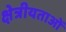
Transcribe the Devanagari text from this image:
क्षेत्रीयताओं